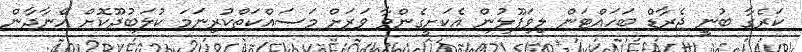
ކަރެގާ ބުނީ ޖެރާޑް ބަހައްޓަން ލިވަޕޫލުން އެކަށީގެންވާ ވަރަށް މަސައްކަތްކުރިނަމަ ކުލަބުދޫކޮށް އޭނާދާން